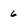
Character: 6